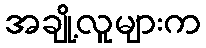
အချို့လူများက